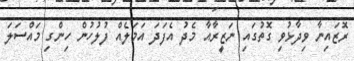
ރޮޒައިނާ ވިދާޅުވި ގޮތުގައި ނަޒީރާއާ މެދު އެފަދަ އަމަލެއް ފުލުހުން ހިންގި މައްސަލަ